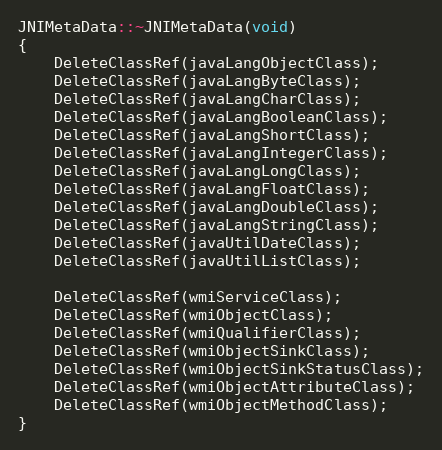
Language: C++
JNIMetaData::~JNIMetaData(void)
{
	DeleteClassRef(javaLangObjectClass);
	DeleteClassRef(javaLangByteClass);
	DeleteClassRef(javaLangCharClass);
	DeleteClassRef(javaLangBooleanClass);
	DeleteClassRef(javaLangShortClass);
	DeleteClassRef(javaLangIntegerClass);
	DeleteClassRef(javaLangLongClass);
	DeleteClassRef(javaLangFloatClass);
	DeleteClassRef(javaLangDoubleClass);
	DeleteClassRef(javaLangStringClass);
	DeleteClassRef(javaUtilDateClass);
	DeleteClassRef(javaUtilListClass);

	DeleteClassRef(wmiServiceClass);
	DeleteClassRef(wmiObjectClass);
	DeleteClassRef(wmiQualifierClass);
	DeleteClassRef(wmiObjectSinkClass);
	DeleteClassRef(wmiObjectSinkStatusClass);
	DeleteClassRef(wmiObjectAttributeClass);
	DeleteClassRef(wmiObjectMethodClass);
}